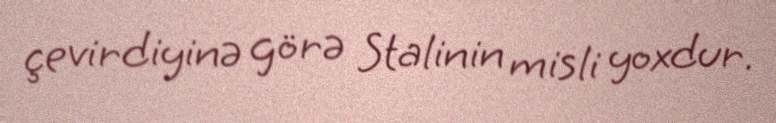
çevirdiyinə görə Stalinin misli yoxdur.